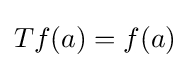
Tf(a)=f(a)